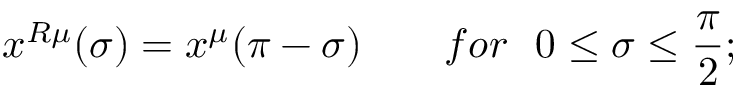
x ^ { R \mu } ( \sigma ) = x ^ { \mu } ( \pi - \sigma ) ~ ~ ~ ~ ~ ~ f o r ~ ~ 0 \leq \sigma \leq \frac { \pi } { 2 } ;